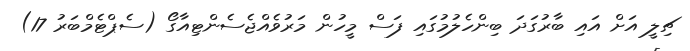
ޗިލީ އަށް އައި ބާރުގަދަ ބިންހެލުމުގައި ފަސް މީހުން މަރުވެއްޖެސެންޓިއާގޯ (ސެޕްޓެމްބަރު 17)